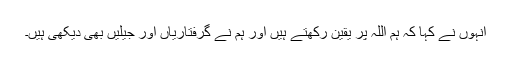
انہوں نے کہا کہ ہم اللہ پر یقین رکھتے ہیں اور ہم نے گرفتاریاں اور جیلیں بھی دیکھی ہیں۔